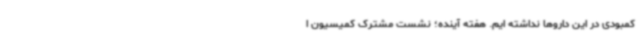
کمبودی در این داروها نداشته ایم. هفته آینده؛ نشست مشترک کمیسیون ا